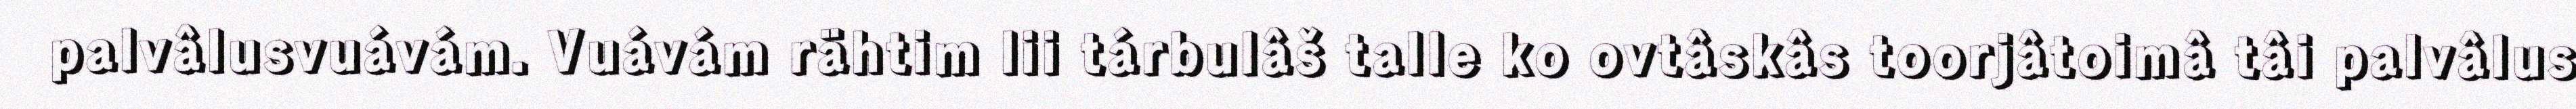
palvâlusvuávám. Vuávám rähtim lii tárbulâš talle ko ovtâskâs toorjâtoimâ tâi palvâlus